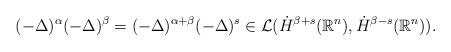
LaTeX: \begin{align*}(-\Delta)^{\alpha}(-\Delta)^{\beta}=(-\Delta)^{\alpha+\beta} (-\Delta)^{s} \in \mathcal{L}(\dot{H}^{\beta+s}(\mathbb{R}^{n}),\dot{H}^{\beta-s}(\mathbb{R}^{n})).\end{align*}